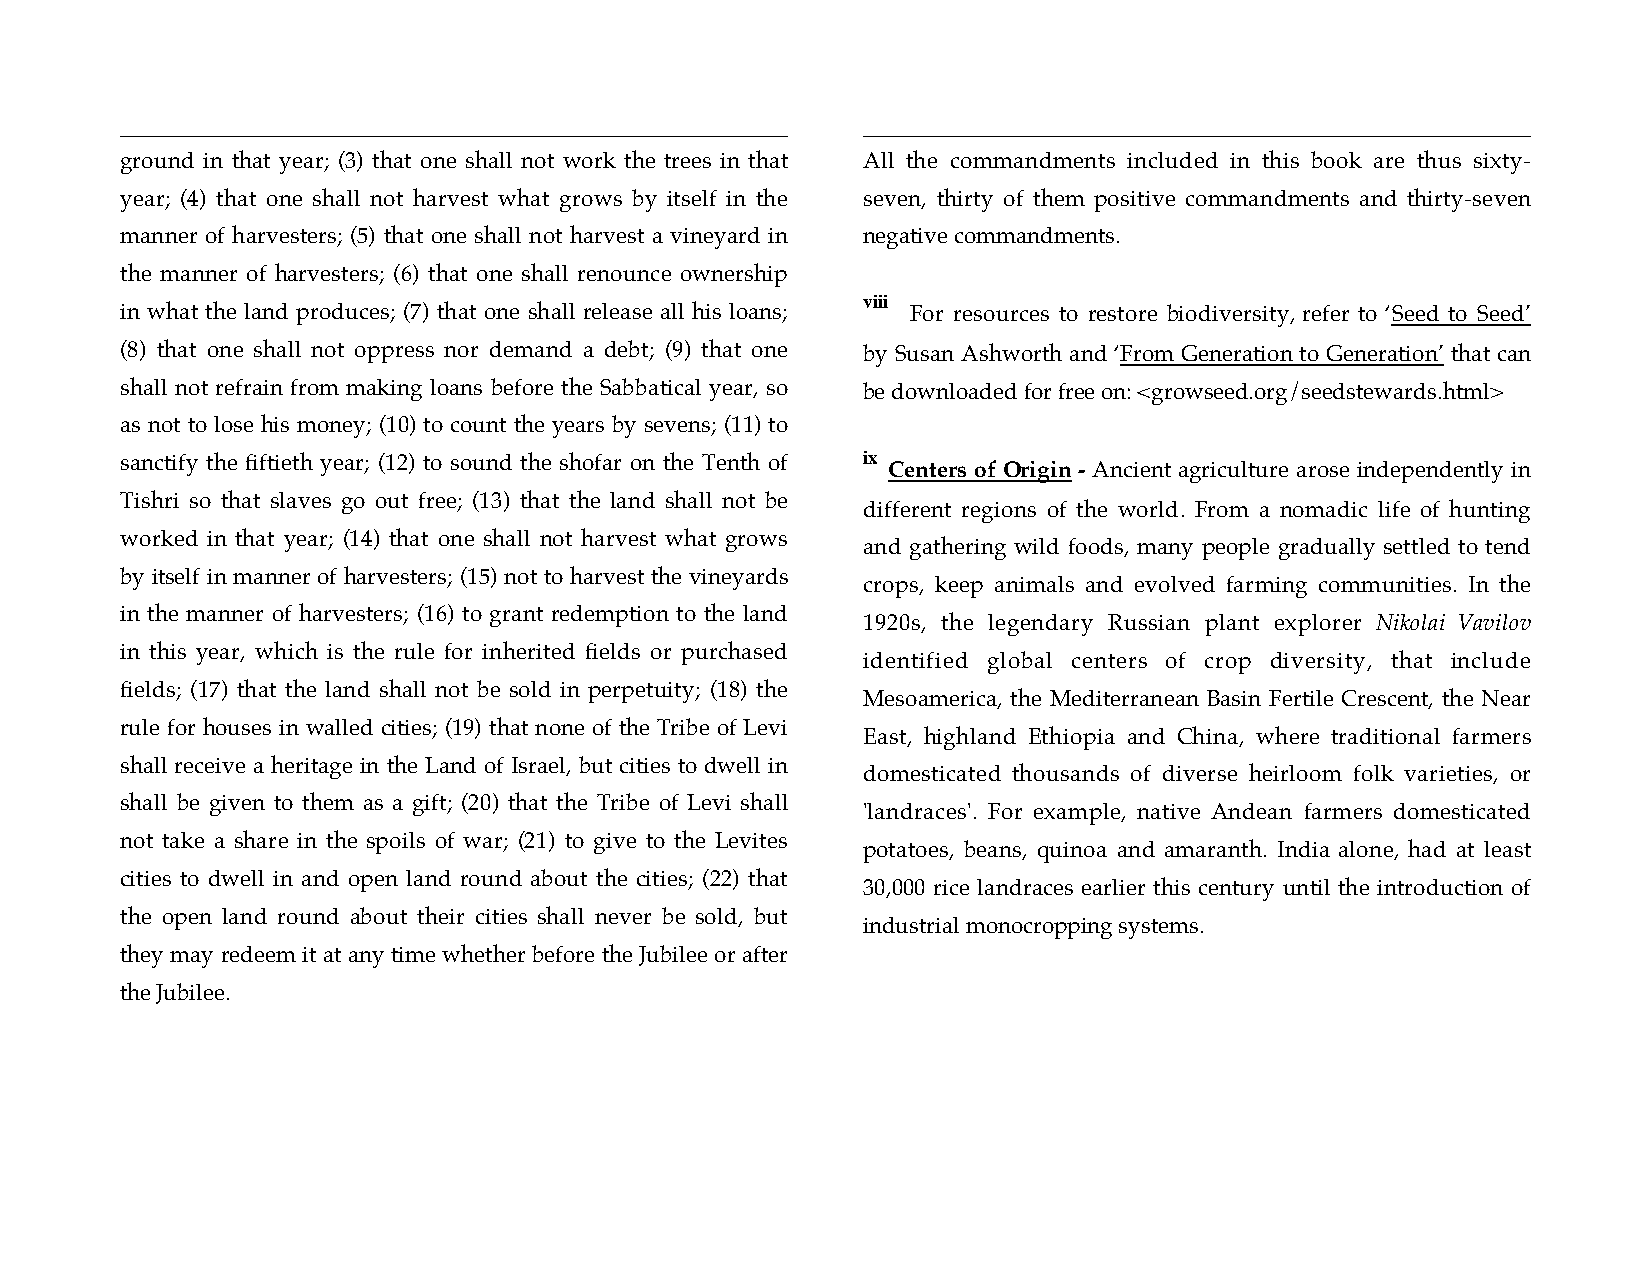
ground in that year; (3) that one shall not work the trees in that All the commandments included in this book are thus sixty-
 year; (4) that one shall not harvest what grows by itself in the seven, thirty of them positive commandments and thirty-seven
 manner of harvesters; (5) that one shall not harvest a vineyard in negative commandments.
 the manner of harvesters; (6) that one shall renounce ownership
 in what the land produces; (7) that one shall release all his loans;
 viii
 For resources to restore biodiversity, refer to ‘Seed to Seed’
 (8) that one shall not oppress nor demand a debt; (9) that one by Susan Ashworth and ‘From Generation to Generation’ that can
 shall not refrain from making loans before the Sabbatical year, so be downloaded for free on: <growseed.org/seedstewards.html>
 as not to lose his money; (10) to count the years by sevens; (11) to
 sanctify the fiftieth year; (12) to sound the shofar on the Tenth of ix
 Centers of Origin - Ancient agriculture arose independently in
 Tishri so that slaves go out free; (13) that the land shall not be
 different regions of the world. From a nomadic life of hunting
 worked in that year; (14) that one shall not harvest what grows
 and gathering wild foods, many people gradually settled to tend
 by itself in manner of harvesters; (15) not to harvest the vineyards
 crops, keep animals and evolved farming communities. In the
 in the manner of harvesters; (16) to grant redemption to the land
 1920s, the legendary Russian plant explorer Nikolai Vavilov
 in this year, which is the rule for inherited fields or purchased
 identified global centers of crop diversity, that include
 fields; (17) that the land shall not be sold in perpetuity; (18) the
 Mesoamerica, the Mediterranean Basin Fertile Crescent, the Near
 rule for houses in walled cities; (19) that none of the Tribe of Levi
 East, highland Ethiopia and China, where traditional farmers
 shall receive a heritage in the Land of Israel, but cities to dwell in
 domesticated thousands of diverse heirloom folk varieties, or
 shall be given to them as a gift; (20) that the Tribe of Levi shall
 'landraces'. For example, native Andean farmers domesticated
 not take a share in the spoils of war; (21) to give to the Levites
 potatoes, beans, quinoa and amaranth. India alone, had at least
 cities to dwell in and open land round about the cities; (22) that
 30,000 rice landraces earlier this century until the introduction of
 the open land round about their cities shall never be sold, but
 industrial monocropping systems.
 they may redeem it at any time whether before the Jubilee or after
 the Jubilee.